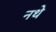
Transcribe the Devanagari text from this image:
नथे